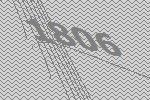
1806